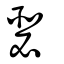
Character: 瑟